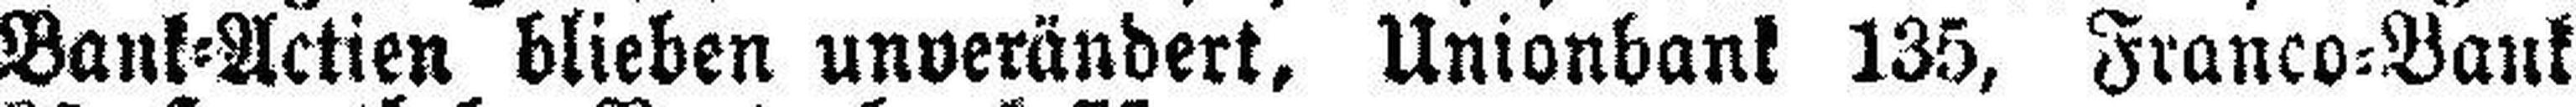
Bank=Actien blieben unverändert, Unionbank 135, Franco=Bank